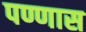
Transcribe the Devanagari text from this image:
पण्णास